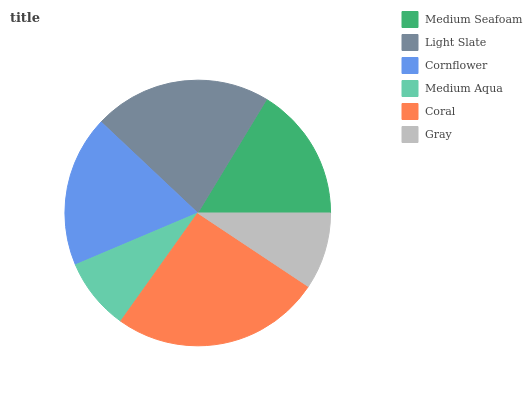
| Medium Seafoam | Light Slate | Cornflower | Medium Aqua | Coral | Gray |
 | --- | --- | --- | --- | --- | --- |
 | 16.4% | 21.6% | 18.4% | 8.76% | 25.4% | 9.34% |